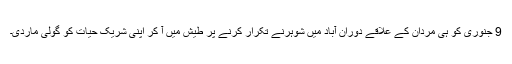
9 جنوری کو ہی مردان کے علاقے دوران آباد میں شوہرنے تکرار کرنے پر طیش میں آ کر اپنی شریک حیات کو گولی ماردی۔